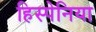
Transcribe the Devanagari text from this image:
हिस्पेनिया